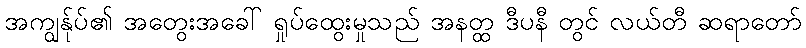
အကျွန်ုပ်၏ အတွေးအခေါ် ရှုပ်ထွေးမှုသည် အနတ္ထ ဒီပနီ တွင် လယ်တီ ဆရာတော်